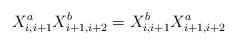
LaTeX: \begin{align*}X^a_{i,i+1}X^b_{i+1,i+2}= X^b_{i,i+1}X^a_{i+1,i+2}\end{align*}